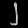
Digit: ၂